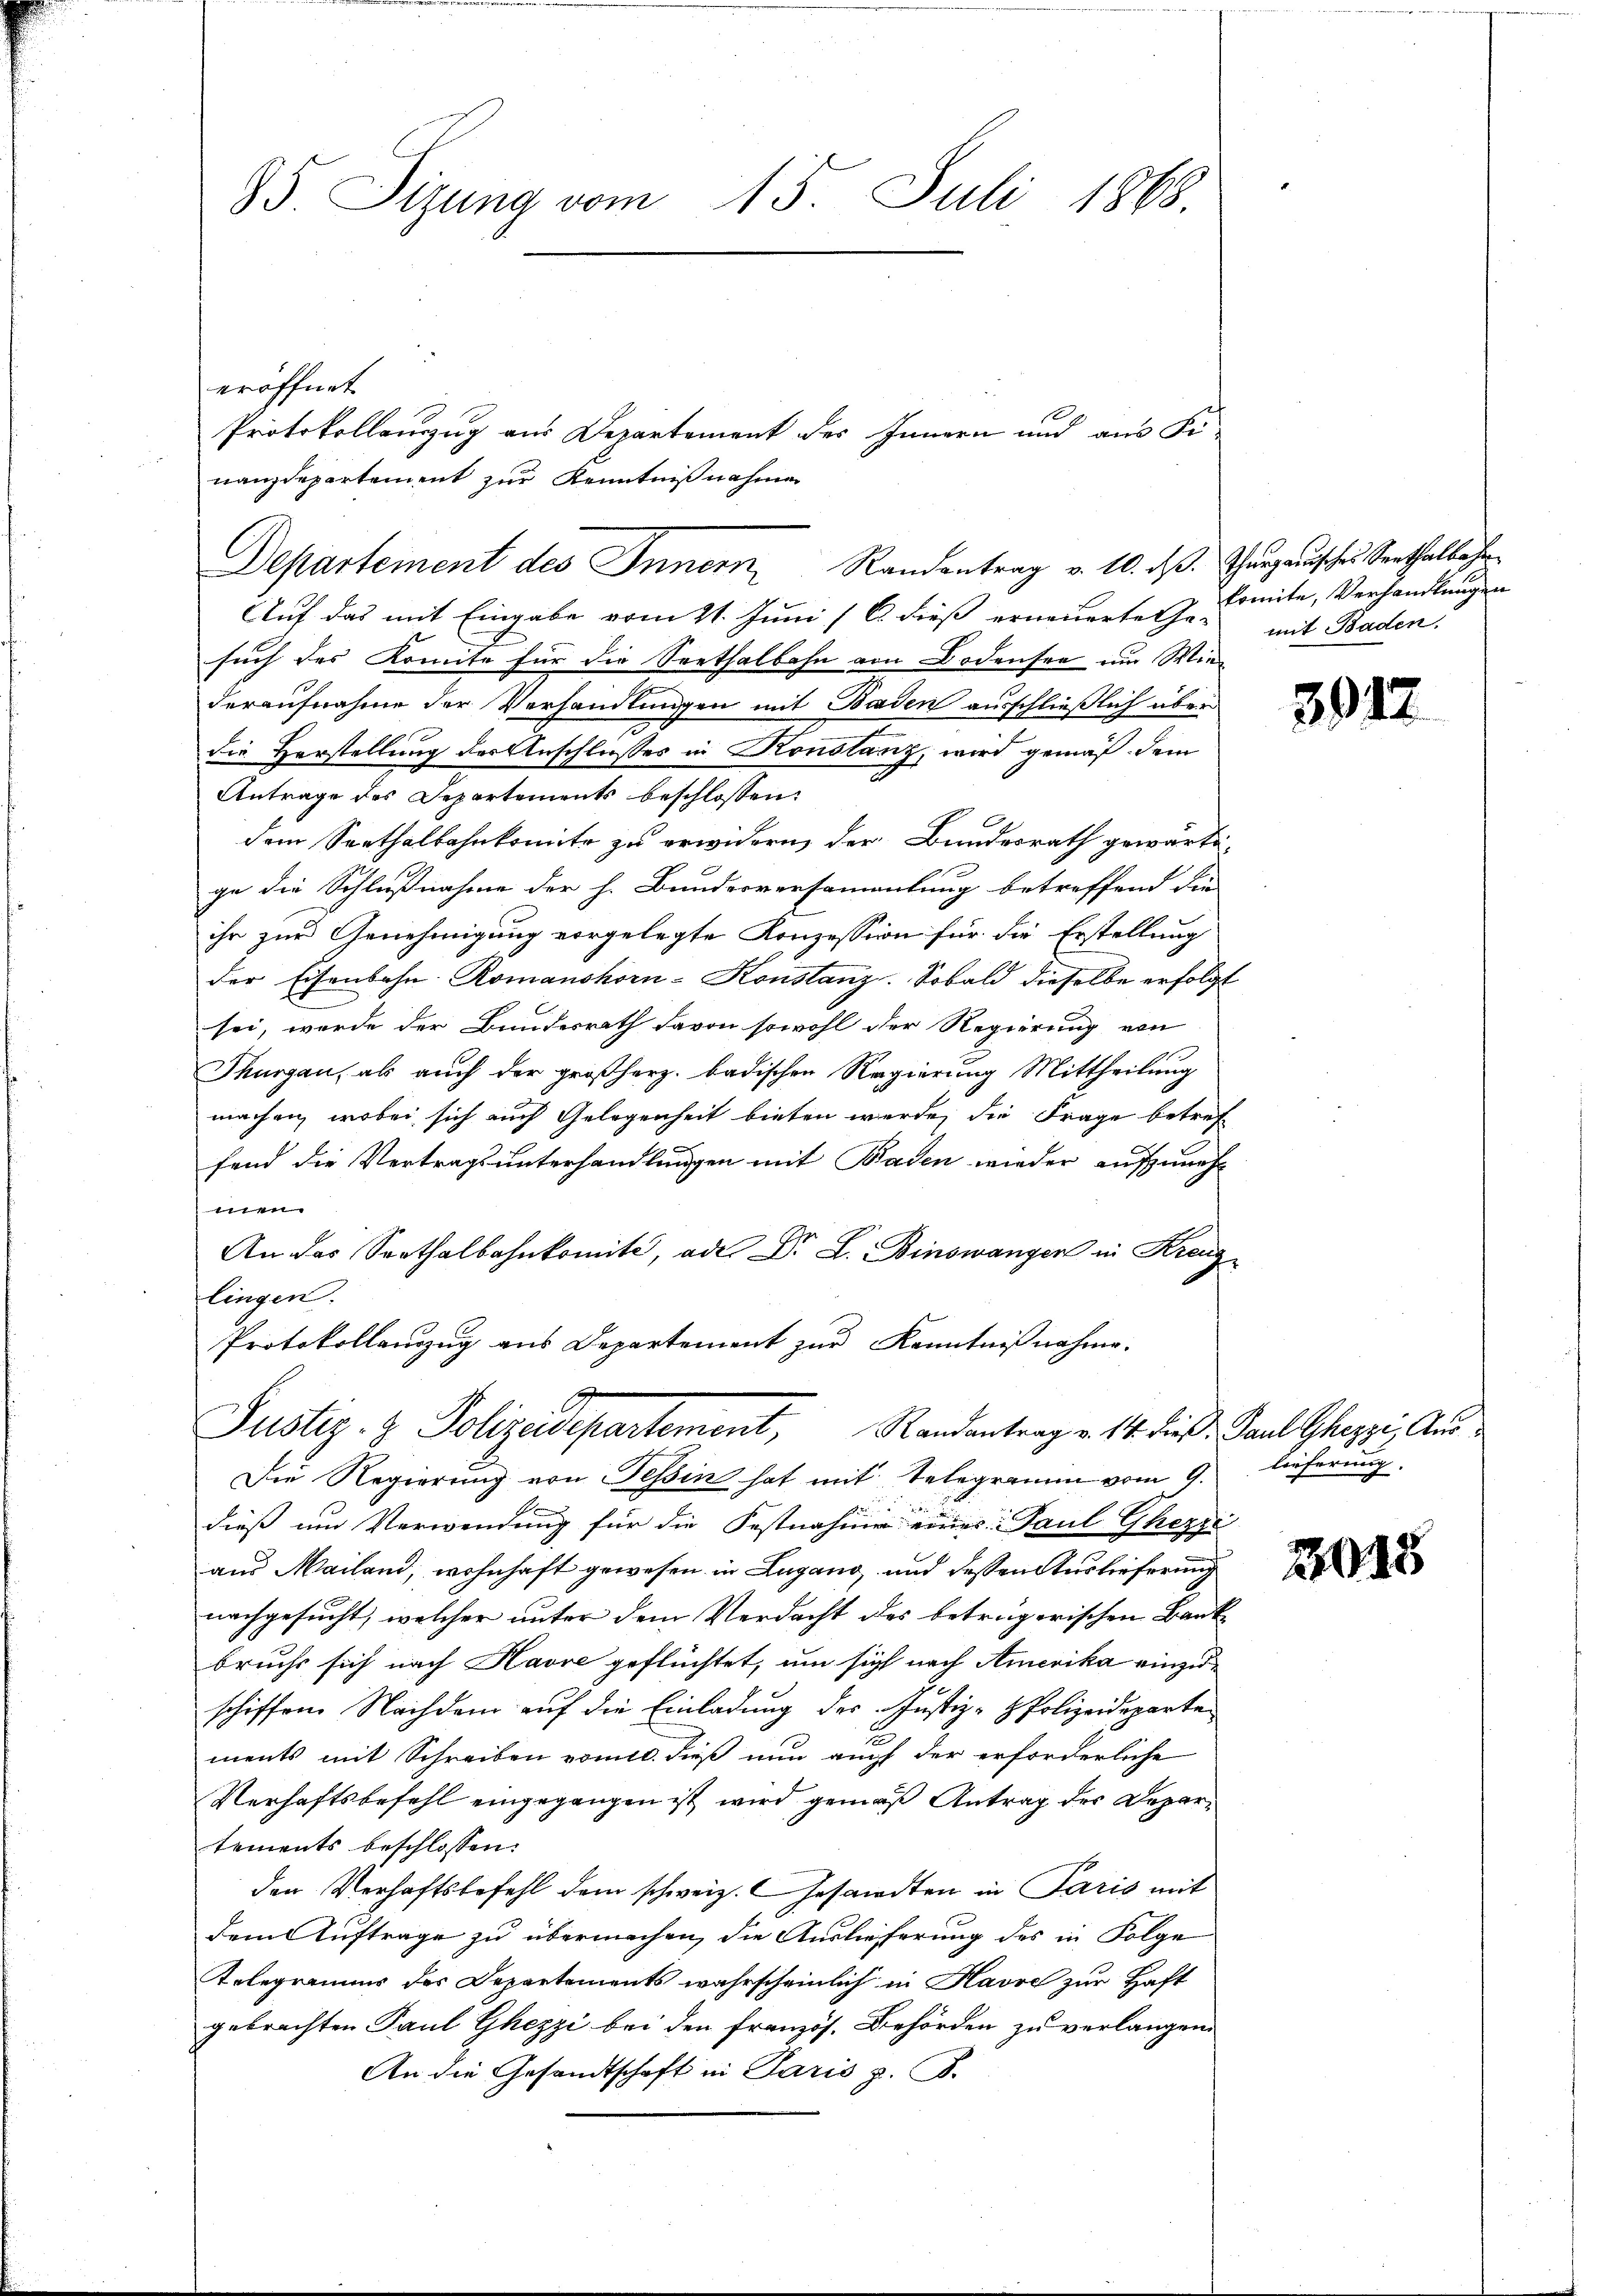
85 Sizung vom
15. Juli 1868.

eröffnet.
nanzdepartement zur Kenntnißnahmen
Departement des Innern Randentrag v. 10. dß. Thurgauisches Senthalbahr
Auf das mit Eingabe vom 21. Juni /6 dieß erneuerte Ge-
such des konnte für die Seethalbahn von Bodensee um Wiederaufnahme der Verhandlungen mit Baden ausschließlich über
die Herstellung der Anschlusses in Konstanz, wird gemäß dem
Antrage des Departements beschlossen:
dem Sarthalbahnkomite zu erwidern der Bundesrath gewärti-
ge die Schlußnahme der h. Bundesversamantung betreffend die
ihr zur Genehmigung vorgelegte Konzession für die Erstellung
der Eisenbahn Romanshorn-Konstanz. Sobald dieselbe erfolgt
sei, werde der Bundesrath davon sowohl der Regierung von
Thurgau, als auch der großherz. badischen Regierung Mittheilung
machen, wobei sich auch Gelegenheit bieten werde, die Frage betref
fend die Vertragsunterhandlungen mit Baden wieder aufzuneh
men.
An das Serthalbahnkomité, ade Dr. L. Binowangen in Kreuz-
lingen.
Protokollenzug aus Departement zur Kenntnißnahme.

Protokollauszug aus Departement des Innern und aus Fi¬

9
Justiz- & Polizeisepartement, Randantrag v. 14. dieß,

Die Regierung von Tessin hat mit Telegramm vom 9.
dieß um Verwendung für die Festnahme eines: Paul Ghezze
aus Mailand, wohnhaft gewesen in Lugano, und dessen Auslieferung
nachgesucht, welcher unter dem Verdacht des betrügerischen Bank
bruchs sich nach Havre geflüchtet, um sich nach Amerika einzuschiffen. Nachdem auf die Einladung des Justiz- & Polizeideparte¬
u
ments mit Schreiben vom 10. dieß nun auch der erforderliche
Verhaftsbefehl eingegangen ist wird gemäß Antrag des Departements beschlossen:
den Verhaftsbefehl dem schweiz. Gesandten in Paris mit
dem Auftrage zu übermachen, die Auslieferung des in Folge
Telegramms des Departements wahrscheinlich in Havre zur Haft
gebrachten Paul Ghezzi bei den französ. Behörden zu verlangen.
An die Gesandtschaft in Paris z. B.

komite, Verhandlungen
mit Baden.

3917

Paul Ghezzi, Auslieferung.

2015